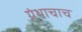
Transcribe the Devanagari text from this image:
ग्रंथाचाच